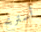
أستريح